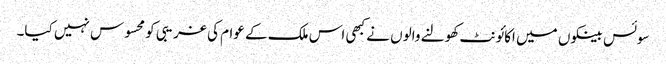
سوئس بینکوں میں اکائونٹ کھولنے والوں نے کبھی اس ملک کے عوام کی غریبی کو محسوس نہیں کیا۔